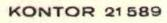
KONTOR 21 589